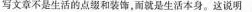
写文章不是生活的点缀和装饰，而就是生活本身。这说明